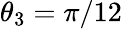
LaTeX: \theta_{3}=\pi/12